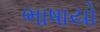
ભાષાયો